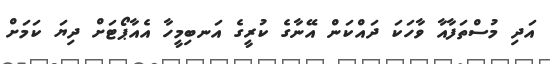
އަދި މުސްތަފާއާ ވާހަކަ ދައްކަން އޭނާގެ ކުރީގެ އަނބިމީހާ އެއާޕޯޓަށް ދިޔަ ކަމަށް